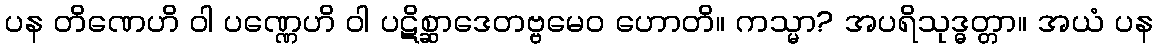
ပန တိဏေဟိ ဝါ ပဏ္ဏေဟိ ဝါ ပဋိစ္ဆာဒေတဗ္ဗမေဝ ဟောတိ။ ကသ္မာ? အပရိသုဒ္ဓတ္တာ။ အယံ ပန